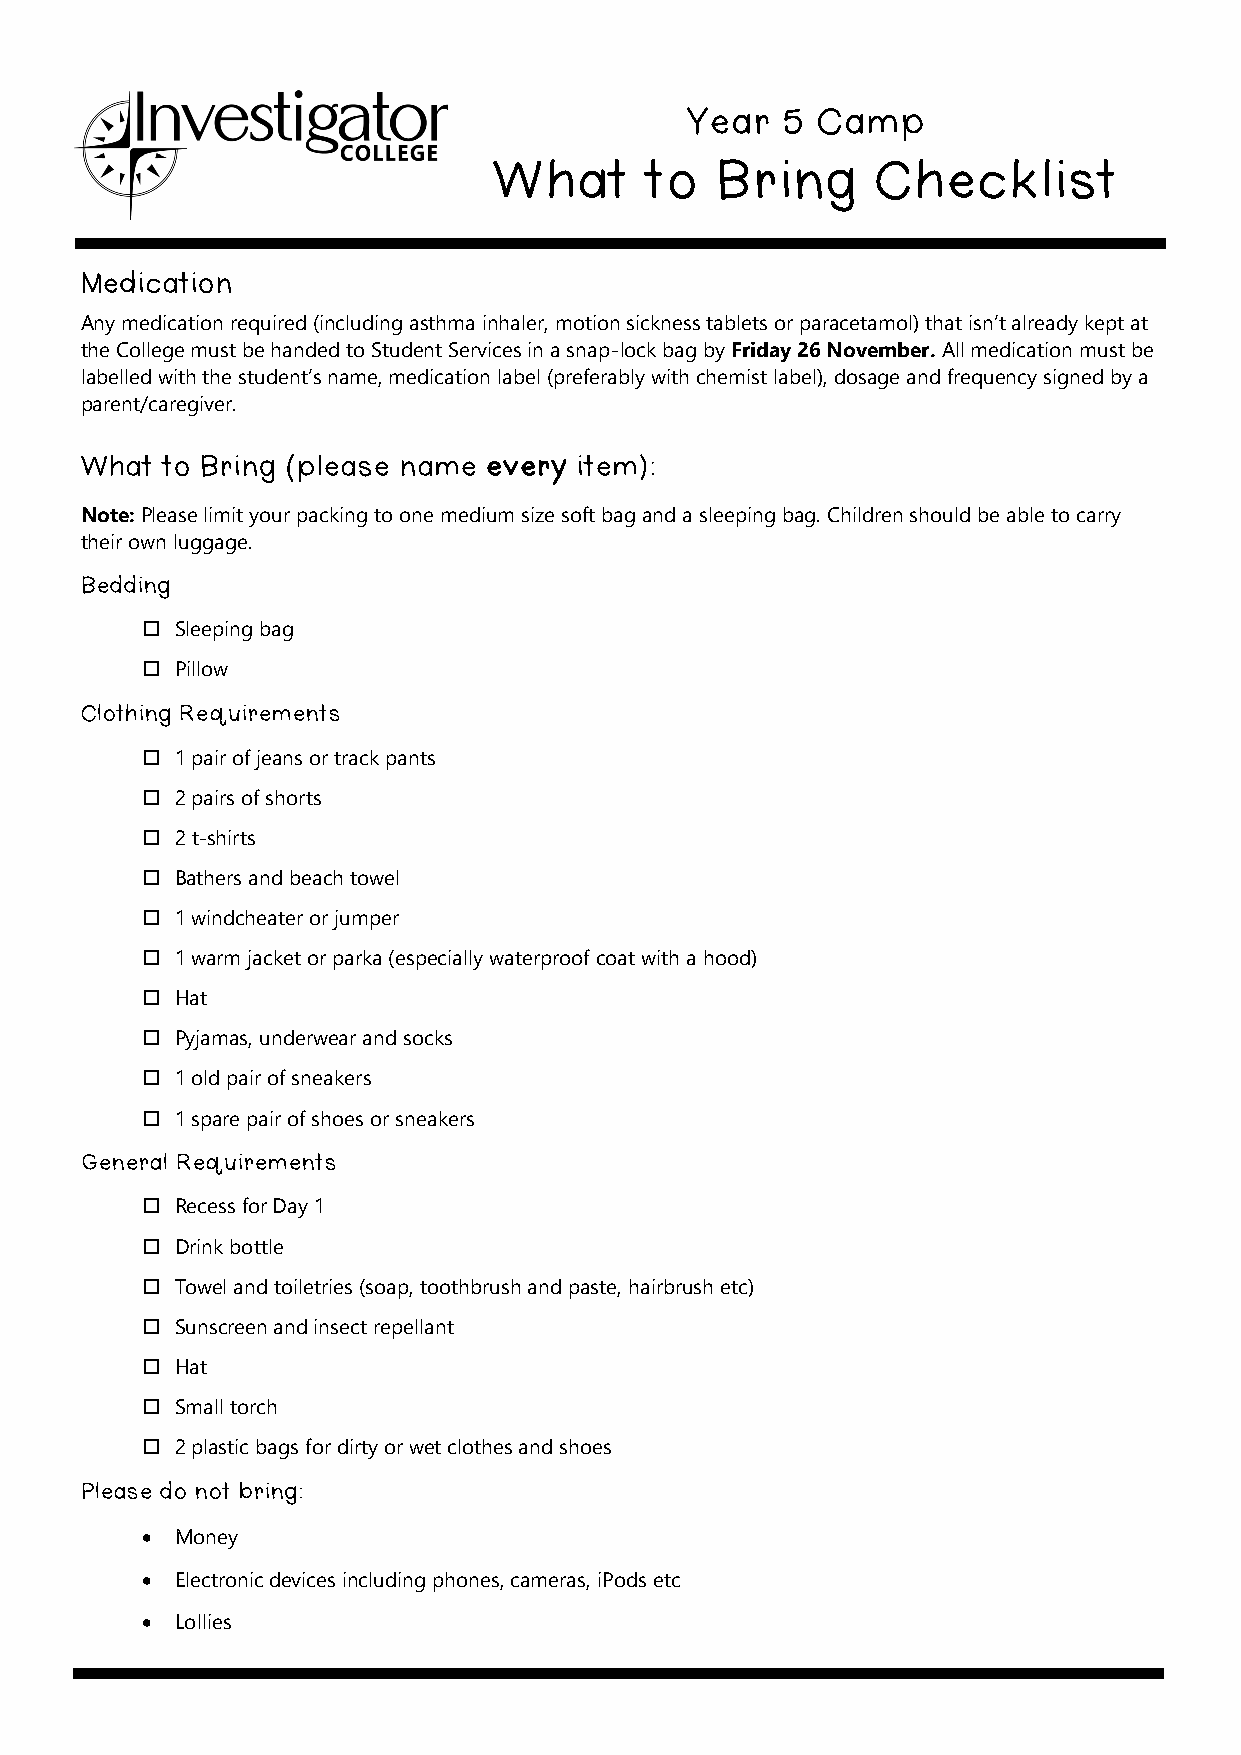
Year   5 Camp
 What      to  Bring      Checklist
 Medication
 Any medication required (including asthma inhaler, motion sickness tablets or paracetamol) that isn’t already kept at
 the College must be handed to Student Services in a snap-lock bag by Friday 26 November. All medication must be
 labelled with the student’s name, medication label (preferably with chemist label), dosage and frequency signed by a
 parent/caregiver.
 What  to Bring (please name every item):
 Note: Please limit your packing to one medium size soft bag and a sleeping bag. Children should be able to carry
 their own luggage.
 Bedding
   Sleeping bag
   Pillow
 Clothing Requirements
   1 pair of jeans or track pants
   2 pairs of shorts
   2 t-shirts
   Bathers and beach towel
   1 windcheater or jumper
   1 warm jacket or parka (especially waterproof coat with a hood)
   Hat
   Pyjamas, underwear and socks
   1 old pair of sneakers
   1 spare pair of shoes or sneakers
 General Requirements
   Recess for Day 1
   Drink bottle
   Towel and toiletries (soap, toothbrush and paste, hairbrush etc)
   Sunscreen and insect repellant
   Hat
   Small torch
   2 plastic bags for dirty or wet clothes and shoes
 Please do not bring:
 •  Money
 •  Electronic devices including phones, cameras, iPods etc
 •  Lollies